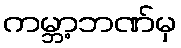
ကမ္ဘာ့ဘဏ်မှ